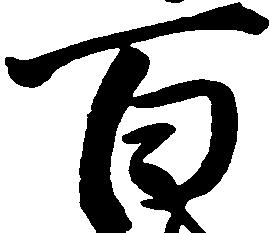
百